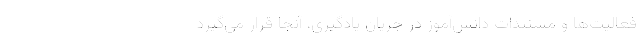
فعالیت‌ها و مستندات دانش‌آموز در جریان یادگیری، آنجا قرار می‌گیرد